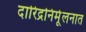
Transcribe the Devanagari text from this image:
दारिद्रनिर्मूलनात